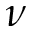
\nu